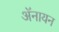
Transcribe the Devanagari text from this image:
ॲनायन